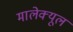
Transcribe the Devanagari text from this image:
मालेक्यूल